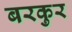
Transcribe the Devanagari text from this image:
बरकुर